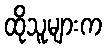
ထိုသူများက